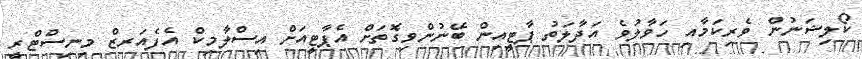
ކޯލިޝަނުން ވެރިކަމާއި ހަވާލުވެ އަދާލަތު ޕާޓީއިން ބޭނުންވިގޮތަށް އެޕާޓީއަށް އިސްލާމިކް އެފެއަރޒް މިނިސްޓްރީ